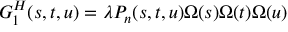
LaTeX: G _ { 1 } ^ { H } ( s , t , u ) = \lambda P _ { n } ( s , t , u ) \Omega ( s ) \Omega ( t ) \Omega ( u )